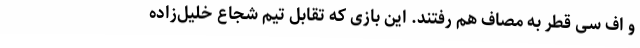
و اف سی قطر به مصاف هم رفتند. این بازی که تقابل تیم شجاع خلیل‌زاده